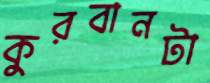
কুরবানটা